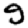
Digit: 9